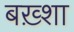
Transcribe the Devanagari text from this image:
बख़्शा